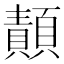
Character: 𩔳